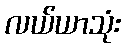
လယ်ယာသုံး